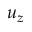
u _ { z }